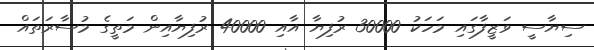
ސިޔާސީ ވަޒީފާގައި މަހަކު 30000 ރުފިޔާ އާއި 40000 ރުފިޔާއިން މަތީގެ މުސާރަތައް